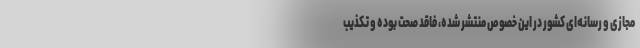
مجازی و رسانه‌ای کشور در این خصوص منتشر شده، فاقد صحت بوده و تکذیب